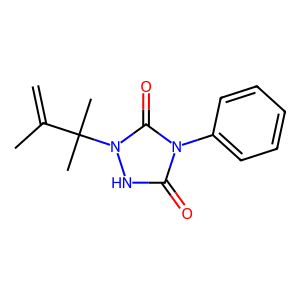
SMILES: C=C(C)C(C)(C)n1[nH]c(=O)n(-c2ccccc2)c1=O
Inhibits HIV replication: No